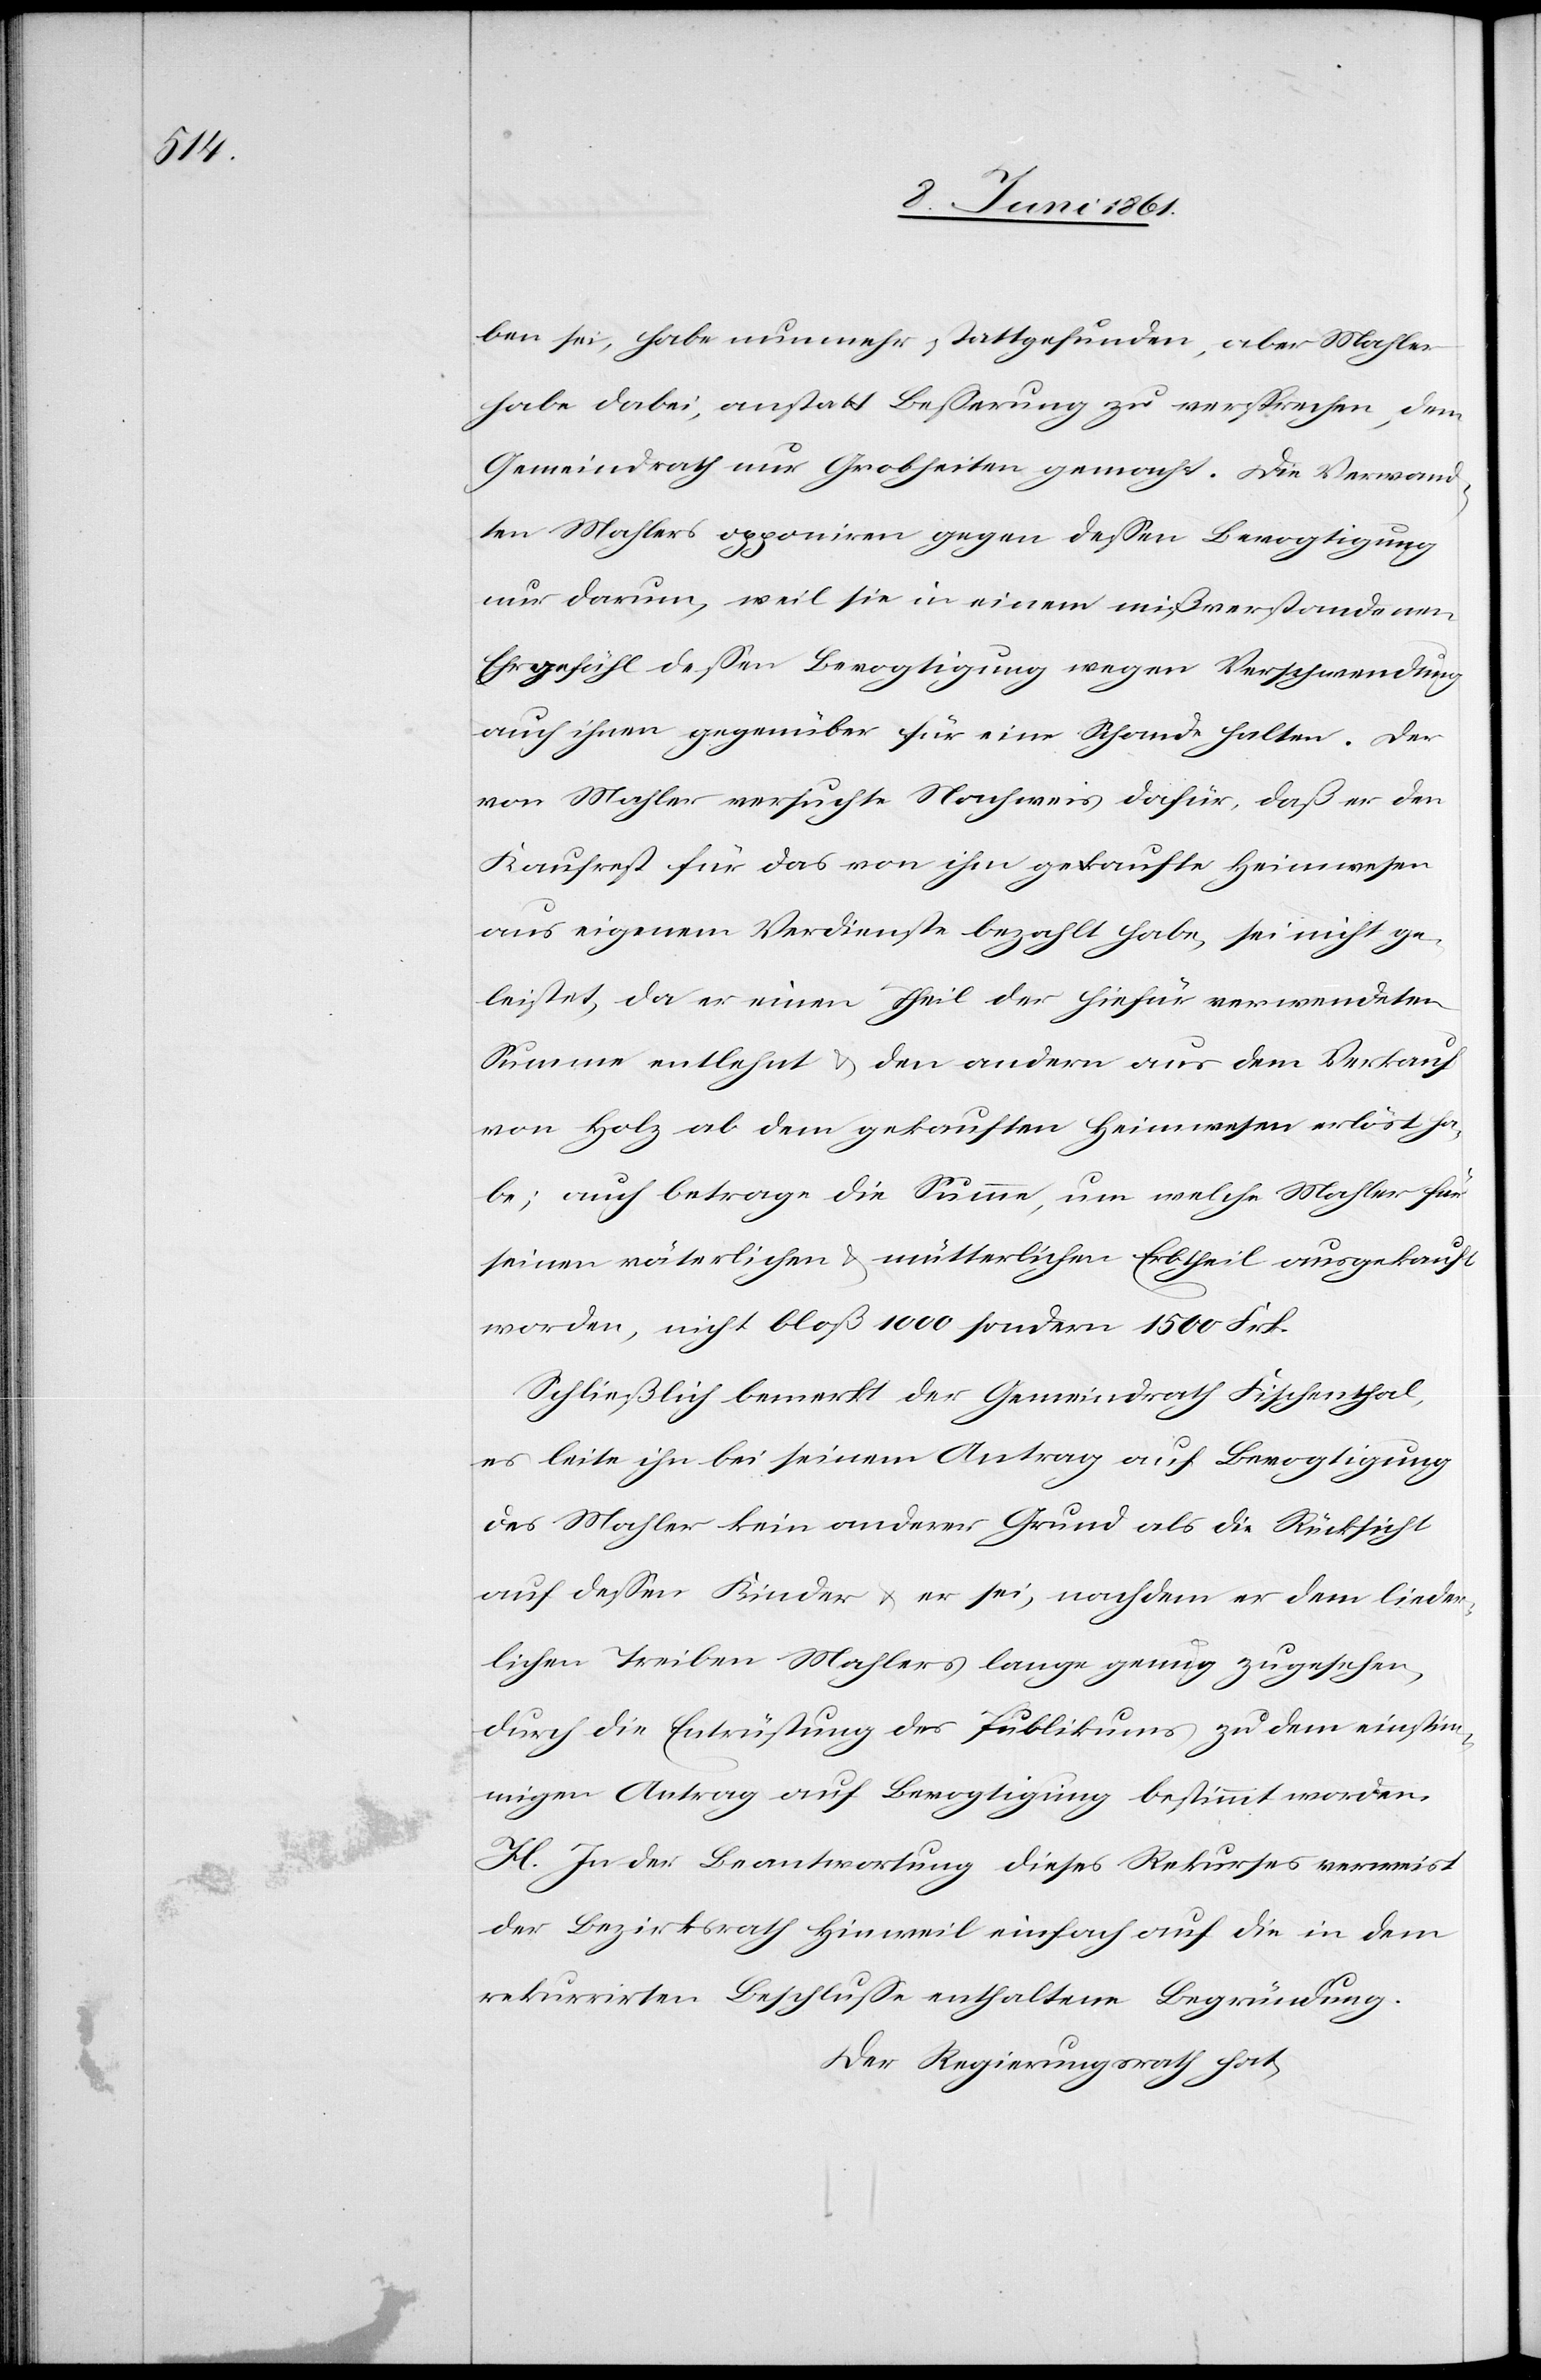
ben sei, habe nunmehr stattgefunden, aber Mahler
habe dabei, anstatt Besserung zu versprechen, dem
Gemeindrath nur Grobheiten gemacht. Die Verwand¬
ten Mahlers opponiren gegen dessen Bevogtigung
nur darum, weil sie in einem mißverstandenen
Ehrgefühl dessen Bevogtigung wegen Verschwendung
auch ihnen gegenüber für eine Schande halten. Der
von Mahler ersuchte Nachweis dafür, daß er den
Kaufrest für das von ihm gekaufte Heimwesen
aus eigenem Verdienste bezahlt habe, sei nicht ge¬
leistet, da er einen Theil der hiefür verwendeten
Summe entlehnt u. den andern aus dem Verkauf
von Holz ab dem gekauften Heimwesen erlöst ha¬
be; auch betrage die Summe, um welche Mahler für
seinen väterlichen u. mütterlichen Erbtheil ausgekauft
worden, nicht bloß 1000 sondern 1500 Frk.
Schließlich bemerkt der Gemeindrath Fischenthal,
es leite ihn bei seinem Antrag auf Bevogtigung
des Mahler kein anderer Grund als die Rücksicht
auf dessen Kinder u. er sei, nachdem er dem lieder¬
lichen Treiben Mahlers lange genug zugesehen,
durch die Entrüstung des Publikums zu dem einst¬
igen Antrag auf Bevogtigung bestimmt worden.
H. In der Beantwortung dieses Rekurses verweist
der Bezirksrath Hinweil einfach auf die in dem
rekurrirten Beschlusse enthaltene Begründung.
Der Regierungsrath hat,